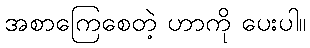
အစာကြေစေတဲ့ ဟာကို ပေးပါ။